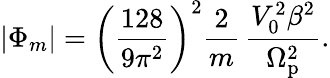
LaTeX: \vert\Phi_{m}\vert=\left(\frac{128}{9\pi^{2}}\right)^{2}\frac{2}{m}\, \frac{V_{0}^{2}\beta^{2}}{\Omega_{\mathrm{p}}^{2}}.